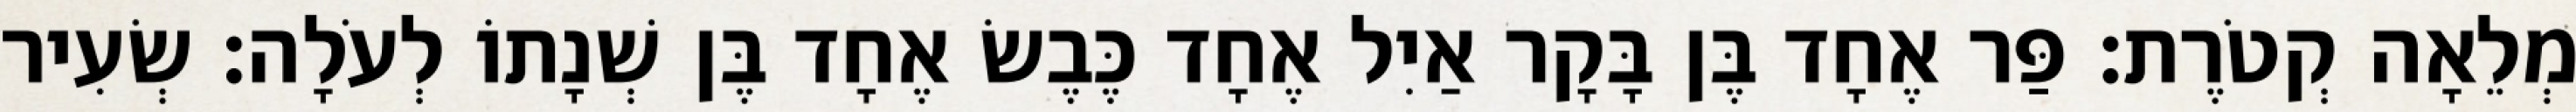
מְלֵאָה קְטֹרֶת׃ פַּר אֶחָד בֶּן בָּקָר אַיִל אֶחָד כֶּבֶשׂ אֶחָד בֶּן שְׁנָתוֹ לְעֹלָה׃ שְׂעִיר